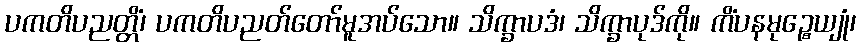
ပကတိပညတ္တိံ၊ ပကတိပညတ်တော်မူအပ်သော။ သိက္ခာပဒံ၊ သိက္ခာပုဒ်ကို။ ကိံပနမုဉ္စေယျုံ၊